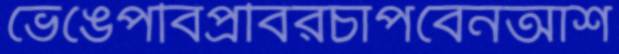
ভেঙেপবিপ্রবিরচাপবেনআশ